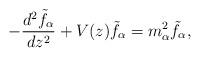
LaTeX: \begin{align*}-{{d^2\tilde{f}_{\alpha}}\over{dz^2}}+V(z)\tilde{f}_{\alpha}=m^2_{\alpha}\tilde{f}_{\alpha},\end{align*}